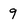
Character: 9